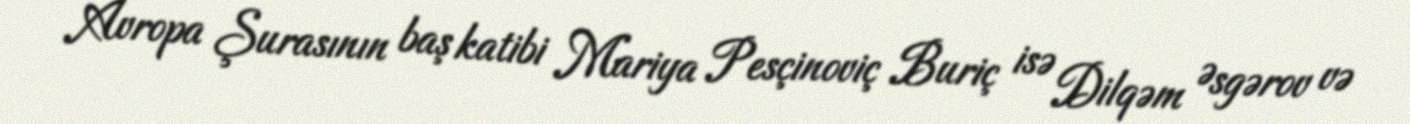
Avropa Şurasının baş katibi Mariya Pesçinoviç Buriç isə Dilqəm Əsgərov və